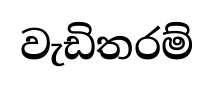
වැඩිතරම්